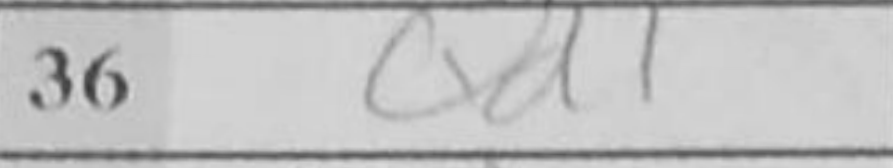
Transcription: Qd1